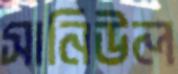
সানিউল